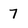
Character: 7